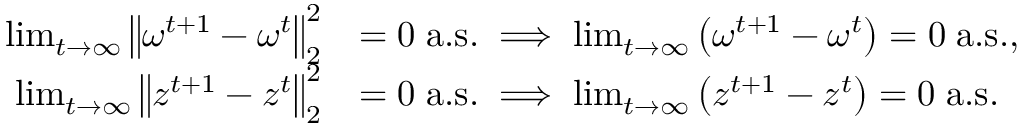
\begin{array} { r l } { \operatorname* { l i m } _ { t \rightarrow \infty } \left\| \omega ^ { t + 1 } - \omega ^ { t } \right\| _ { 2 } ^ { 2 } } & { = 0 \; \mathrm { a . s . } \implies \operatorname* { l i m } _ { t \rightarrow \infty } \left( \omega ^ { t + 1 } - \omega ^ { t } \right) = 0 \; \mathrm { a . s . } , } \\ { \operatorname* { l i m } _ { t \rightarrow \infty } \left\| z ^ { t + 1 } - z ^ { t } \right\| _ { 2 } ^ { 2 } } & { = 0 \; \mathrm { a . s . } \implies \operatorname* { l i m } _ { t \rightarrow \infty } \left( z ^ { t + 1 } - z ^ { t } \right) = 0 \; \mathrm { a . s . } } \end{array}